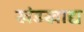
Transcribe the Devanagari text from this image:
खंडखाद्य